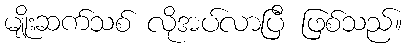
မျိုးဆက်သစ် လိုအပ်လာပြီ ဖြစ်သည်။